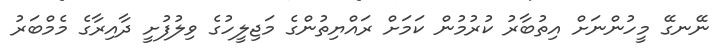
ނޭނގޭ މީހުންނަށް އިތުބާރު ކުރުމުން ކަމަށް ރައްޔިތުންގެ މަޖިލީހުގެ ވިލުފުށީ ދާއިރާގެ މެމްބަރު